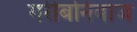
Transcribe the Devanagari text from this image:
गरीबनिवाज